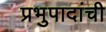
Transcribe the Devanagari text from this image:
प्रभुपादांची